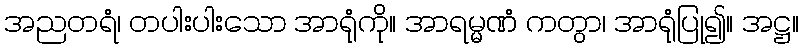
အညတရံ၊ တပါးပါးသော အာရုံကို။ အာရမ္မဏံ ကတွာ၊ အာရုံပြု၍။ အဋ္ဌ။